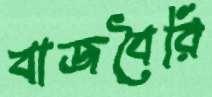
বাজবৈরি